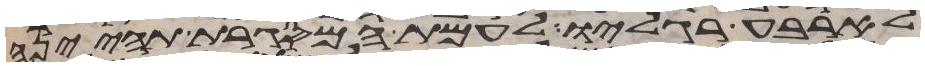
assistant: לארבע רגליו לעמת המסגרת תהינה